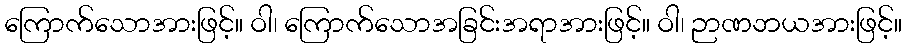
ကြောက်သောအားဖြင့်။ ဝါ၊ ကြောက်သောအခြင်းအရာအားဖြင့်။ ဝါ၊ ဉာဏဘယအားဖြင့်။